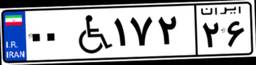
۴۶W۱۲۴۲۶